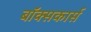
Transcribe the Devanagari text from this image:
बॉक्सकार्स